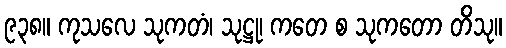
၉၃၈။ ကုသလေ သုကတံ၊ သုဋ္ဌု၊ ကတေ စ သုကတော တိသု။